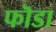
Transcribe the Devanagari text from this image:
फॊडा